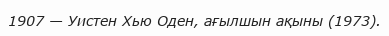
1907 — Уистен Хью Оден, ағылшын ақыны (1973).